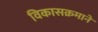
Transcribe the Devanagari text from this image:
विकासक्रमाने